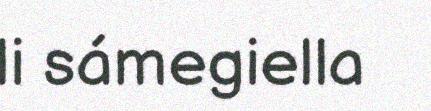
li sámegiella